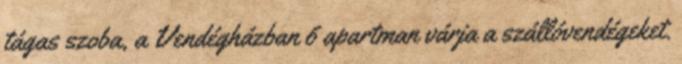
tágas szoba, a Vendégházban 6 apartman várja a szállóvendégeket.